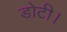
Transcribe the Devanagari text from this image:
डोटी।